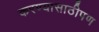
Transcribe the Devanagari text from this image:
करण्यासाठीपण